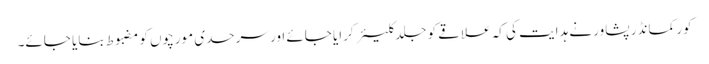
کور کمانڈر پشاور نے ہدایت کی کہ علاقے کو جلد کلیئر کرایا جائے اور سرحدی مورچوں کو مضبوط بنایا جائے۔